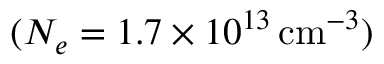
( N _ { e } = 1 . 7 \times 1 0 ^ { 1 3 } \, \mathrm { c m } ^ { - 3 } )